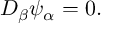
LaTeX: D _ { \beta } \psi _ { \alpha } = 0 .